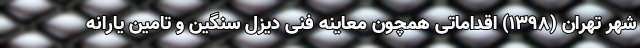
شهر تهران (۱۳۹۸) اقداماتی همچون معاینه فنی دیزل سنگین و تامین یارانه